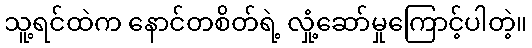
သူ့ရင်ထဲက နောင်တစိတ်ရဲ့ လှုံ့ဆော်မှုကြောင့်ပါတဲ့။